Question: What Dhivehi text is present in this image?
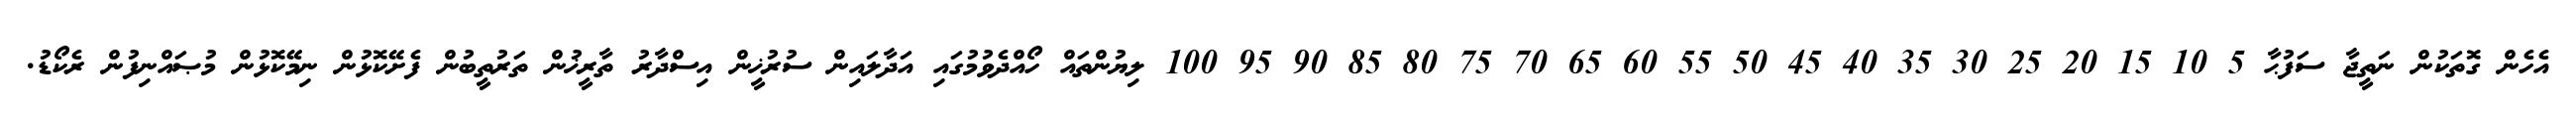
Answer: އެހެން ގޮތަކުން ނަތީޖާ ސަފުޙާ 5 10 15 20 25 30 35 40 45 50 55 60 65 70 75 80 85 90 95 100 ލިޔުންތައް ހޯއްދެވުމުގައި އަދާލައިން ސުރުޚީން އިސްދާރު ތާރީޚުން ތަރުތީބުން ފެށޭކޮޅުން ނިމޭކޮޅުން މުޞައްނިފުން ރެކޯޑު.